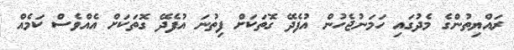
ރައްޔިތުންގެ މެދުގައި ހަމަނުޖެހުން އުފެދޭ ގޮތަކަށް ފިތުނަ އުފެދޭ ގޮތަކަށް އެއްވެސް ކަމެއް